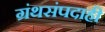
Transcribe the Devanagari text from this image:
ग्रंथसंपदाही